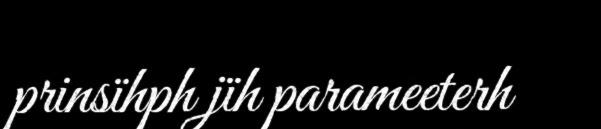
prinsïhph jïh parameeterh